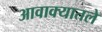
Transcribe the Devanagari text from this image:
आवाक्यातले